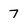
Character: 7